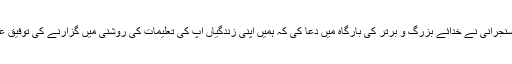
محمد صداق سنجرانی نے خدائے بزرگ و برتر کی بارگاہ میں دعا کی کہ ہمیں اپنی زندگیاں آپؐ کی تعلیمات کی روشنی میں گزارنے کی توفیق عطاء فرمائے۔